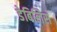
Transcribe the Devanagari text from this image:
डेबिलिस